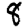
Digit: 8